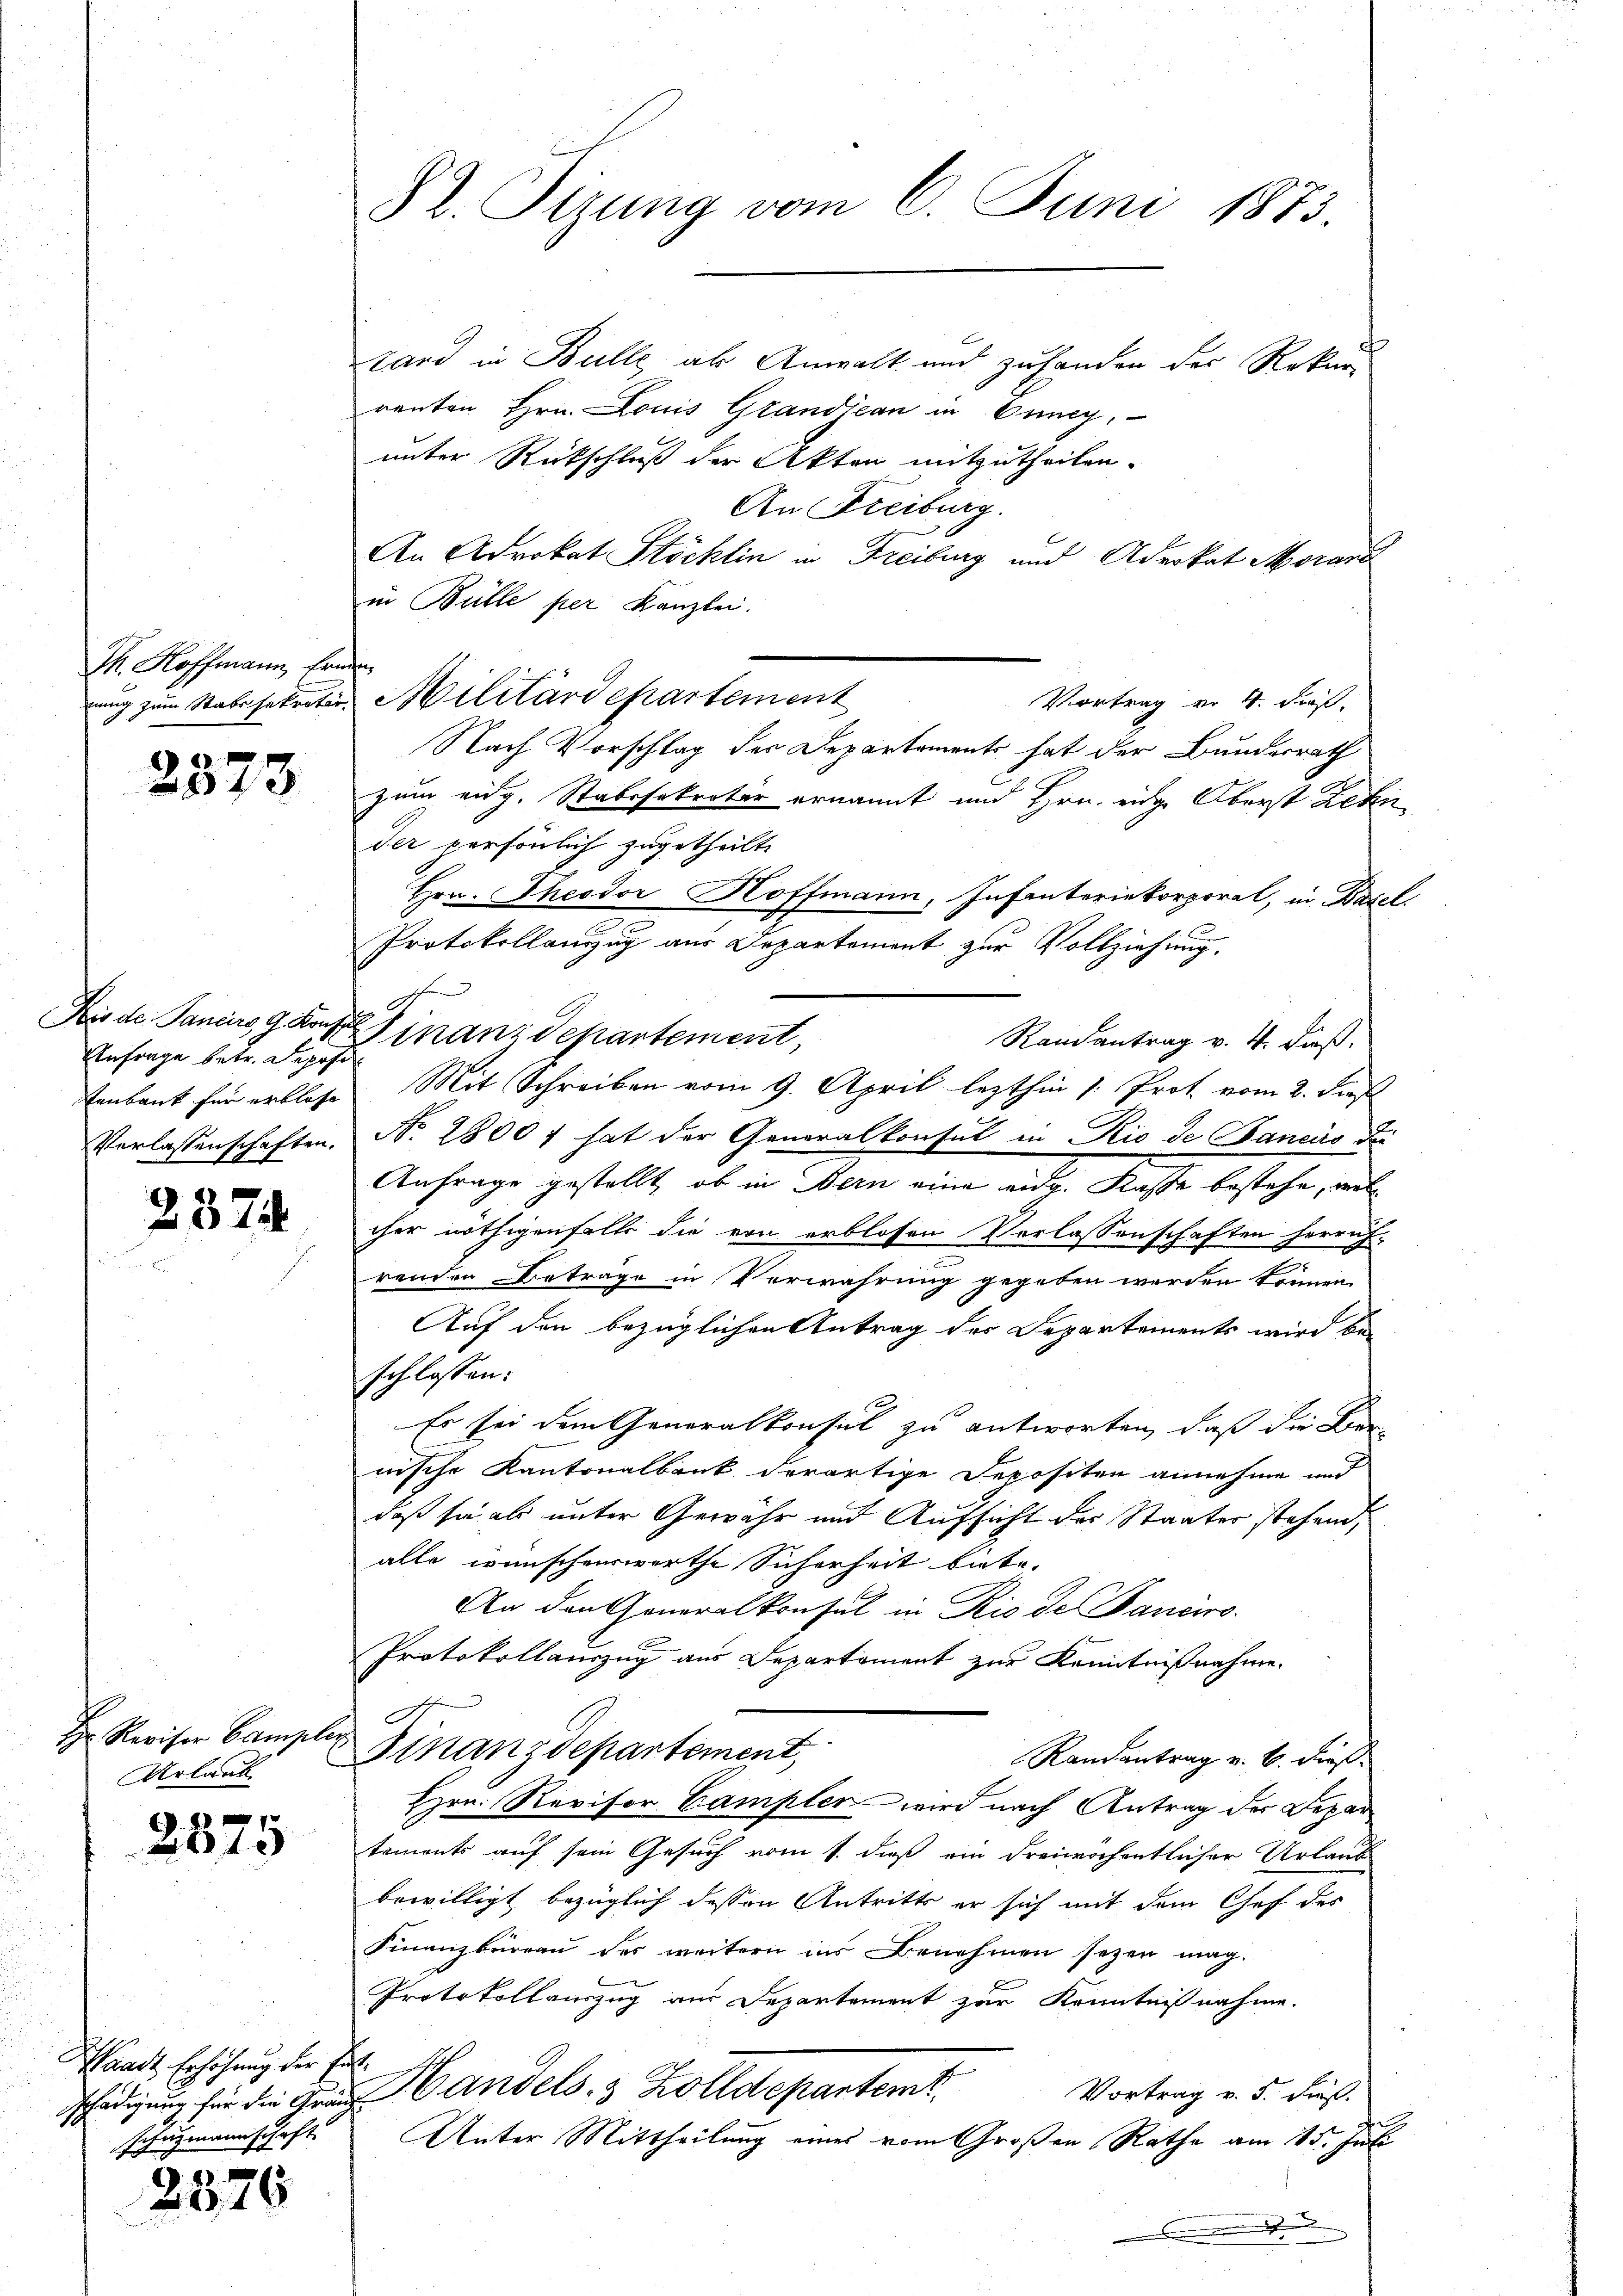
M. Hoffmann, Ernen

2373

Anfrage betr. Deposi

2374

Hr. Revisor Campe
Urlaub

2875

Waadt Erhöhung der Fut¬
Schazmannschaft

.
2576

tard in Belle als Anwalt und zuhanden der Rekur
renten Hrn. Louis Grandieau in Büney,
unter Rückschluß der Akten mitzutheilen.
An Freiburg.
An Advokat Stöcklin in Freiburg und Aderkat Morand
in Bülle per Kanzlei.
nung zum Stabssekreter Militärdepartement
Vortrag von 4. dieß.
Nach Vorschlag der Departements hat der Bundesrath
zum eidg. Stabssekretär ernannt und Hrn. eidge Oberst Zehn
der persönlich zugetheilt.
Hrn. Theodor Hoffmann, Infanteriekorporal, in Basel
e
Protokollanzug aus Departement zur Vollziehung.
d.
Bis de Panciers, 9. Konseinanzdepartement,
Randantrag v. 4. dieß.
tenbank für erblosse Mit Schreiben vom 9. April lezthin 1. Prot vom 2. dies
Verlassenschaften. No. 2800 f hat der Generalkonsul in Rio de Janeiro die
Anfrage gestellt, ob in Bern eine eidg. Kasse bestehe, welcher nöthigenfalls die von erblosen Verlassenschaften herruf-
renden Beträge in Verwahrung gegeben werden können.
Auf den bezüglichen Antrag des Departements wird beschlossen:
Es sei dem Generalkonsul zu antworten, daß die Ber-
nische Kantonalbank derartige Depositen annehme und
daß sie als unter Gewähr und Aufsicht der Staater stehend,
alle wünschenswerthe Sicherheit biete.
An den Generalkonsul in Rio de Pancirs.
Protokollauszug aus Departement zur Kenntnißnahme.
F.
.
Finanzdepartement,
Randantrag u. b. dies
Hrn. Revisor Campler wird nach Antrag der Depar
tements auf sein Gesuch vom 1. dieß ein dreiwöchentlicher Urlaub
bewilligt bezüglich dessen Antritts er sich mit dem Chef des
Finanzbüreau des weitern ins Benehmen seyen mag.
Protokollauszug aus Departement zur Kenntnißnahme.
Vortrag v. 5. dieß.
schädigung für die Frau andels- & Zolldepartemt
Unter Mittheilung eines vom Großen Rathe am 15. Juli

82. Sizung vom 6. Juni 1873.